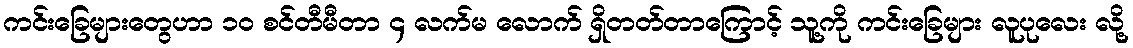
ကင်းခြေများတွေဟာ ၁၀ စင်တီမီတာ ၄ လက်မ လောက် ရှိတတ်တာကြောင့် သူ့ကို ကင်းခြေများ လူပုလေး လို့